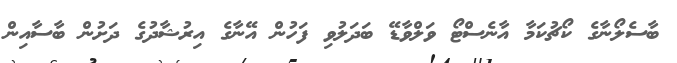
ބާސެލޯނާގެ ކޯޗުކަމާ އާނެސްޓޯ ވަލްވާޑޭ ބަދަލުވި ފަހުން އޭނާގެ އިރުޝާދުގެ ދަށުން ބާސާއިން